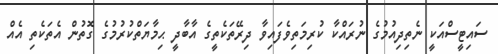
ސައިޓީސްއަކީ ނެތިދިއުމުގެ ނުރައްކާ ކުރިމަތިވެފައިވާ ދިރޭތަކެތީގެ އާބާދީ ޙިމާޔަތްކުރުމުގެ ގޮތުން އެތަކެތި އެއް